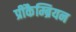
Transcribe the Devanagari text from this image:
प्रीकैम्ब्रियन